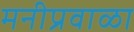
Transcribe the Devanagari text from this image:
मनीप्रवाळा